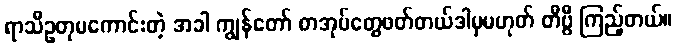
ရာသီဥတုမကောင်းတဲ့ အခါ ကျွန်တော် စာအုပ်တွေဖတ်တယ်ဒါမှမဟုတ် တီဗွီ ကြည့်တယ်။